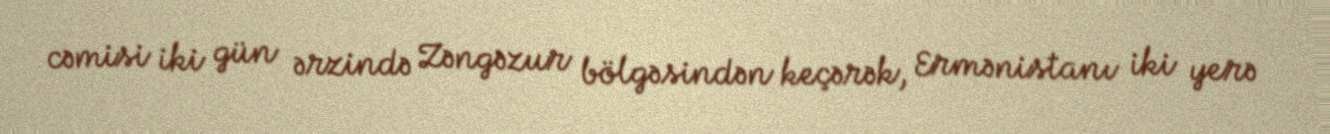
cəmisi iki gün ərzində Zəngəzur bölgəsindən keçərək, Ermənistanı iki yerə